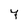
Character: 7